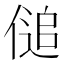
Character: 𰂨